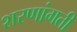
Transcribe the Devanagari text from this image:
शरणांगती